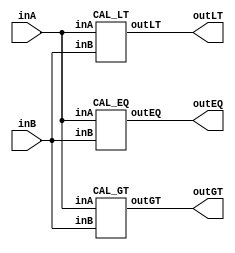
/* CSED273 lab2 experiment 1 */
/* lab2_1.v */

/* Unsimplifed equation
 * You are allowed to use keword "assign" and operator "&","|","~",
 * or just implement with gate-level-modeling (and, or, not) */
module lab2_1(
    output wire outGT, outEQ, outLT,
    input wire [1:0] inA,
    input wire [1:0] inB
    );

    CAL_GT cal_gt(outGT, inA, inB);
    CAL_EQ cal_eq(outEQ, inA, inB);
    CAL_LT cal_lt(outLT, inA, inB);
    
endmodule

/* Implement output about "A>B" */
module CAL_GT(
    output wire outGT,
    input wire [1:0] inA,
    input wire [1:0] inB
    );

    ////////////////////////
    wire min0100, min0110, min1000, min1100, min1101, min1110; // define minterms
    assign min0100 = ~inA[0] &  inA[1] & ~inB[0] & ~inB[1];
    assign min0110 = ~inA[0] &  inA[1] &  inB[0] & ~inB[1];
    assign min1000 =  inA[0] & ~inA[1] & ~inB[0] & ~inB[1];
    assign min1100 =  inA[0] &  inA[1] & ~inB[0] & ~inB[1];
    assign min1101 =  inA[0] &  inA[1] & ~inB[0] &  inB[1];
    assign min1110 =  inA[0] &  inA[1] &  inB[0] & ~inB[1];
    assign outGT = min0100 | min0110 | min1000 | min1100 | min1101 | min1110; // do or for all minterms
    ////////////////////////

endmodule

/* Implement output about "A=B" */
module CAL_EQ(
    output wire outEQ,
    input wire [1:0] inA, 
    input wire [1:0] inB
    );

    ////////////////////////
    wire min0000, min0101, min1010, min1111; // define minterms
    assign min0000 = ~inA[0] & ~inA[1] & ~inB[0] & ~inB[1];
    assign min0101 = ~inA[0] &  inA[1] & ~inB[0] &  inB[1];
    assign min1010 =  inA[0] & ~inA[1] &  inB[0] & ~inB[1];
    assign min1111 =  inA[0] &  inA[1] &  inB[0] &  inB[1];
    assign outEQ = min0000 | min0101 | min1010 | min1111; // do or for all minterms
    ////////////////////////

endmodule

/* Implement output about "A<B" */
module CAL_LT(
    output wire outLT,
    input wire [1:0] inA, 
    input wire [1:0] inB
    );

    ////////////////////////
    wire min0001, min0010, min0011, min0111, min1001, min1011; // define minterms
    assign min0001 = ~inA[0] & ~inA[1] & ~inB[0] &  inB[1];
    assign min0010 = ~inA[0] & ~inA[1] &  inB[0] & ~inB[1];
    assign min0011 = ~inA[0] & ~inA[1] &  inB[0] &  inB[1];
    assign min0111 = ~inA[0] &  inA[1] &  inB[0] &  inB[1];
    assign min1001 =  inA[0] & ~inA[1] & ~inB[0] &  inB[1];
    assign min1011 =  inA[0] & ~inA[1] &  inB[0] &  inB[1];;
    assign outLT = min0001 | min0010 | min0011 | min0111 | min1001 | min1011; // do or for all minterms
    ////////////////////////

endmodule